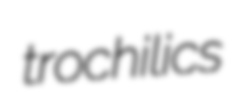
trochilics